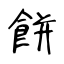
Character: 餅